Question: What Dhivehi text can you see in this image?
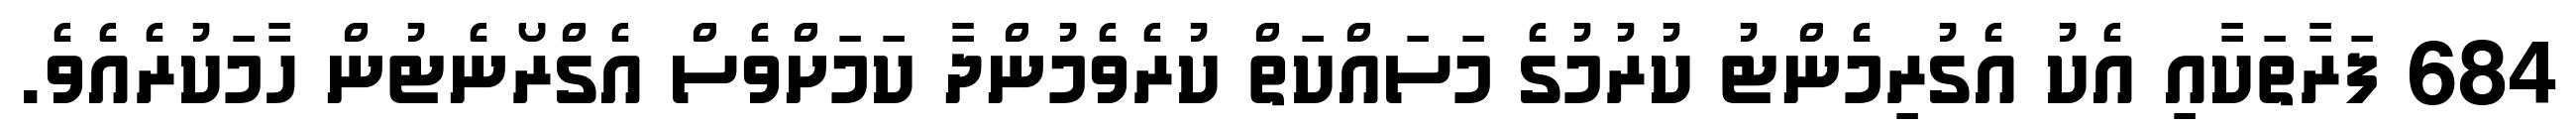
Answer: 684 ފަރާތަކާއި އެކު އެގުރިމެންޓު ކުރުމުގެ މަސައްކަތް ކުރެވެމުންދާ ކަމަށްވެސް އެގްރޯނެޓުން ހާމަކުރެއެވެ.